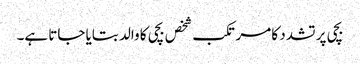
بچی پر تشدد کا مرتکب شخص بچی کا والد بتایا جاتا ہے۔